Annual report of the Bengal Veterinary College, and of the Civil Veterinary Department, Bengal, for the year 1901-1902 - 1901-1902
Year: 1901
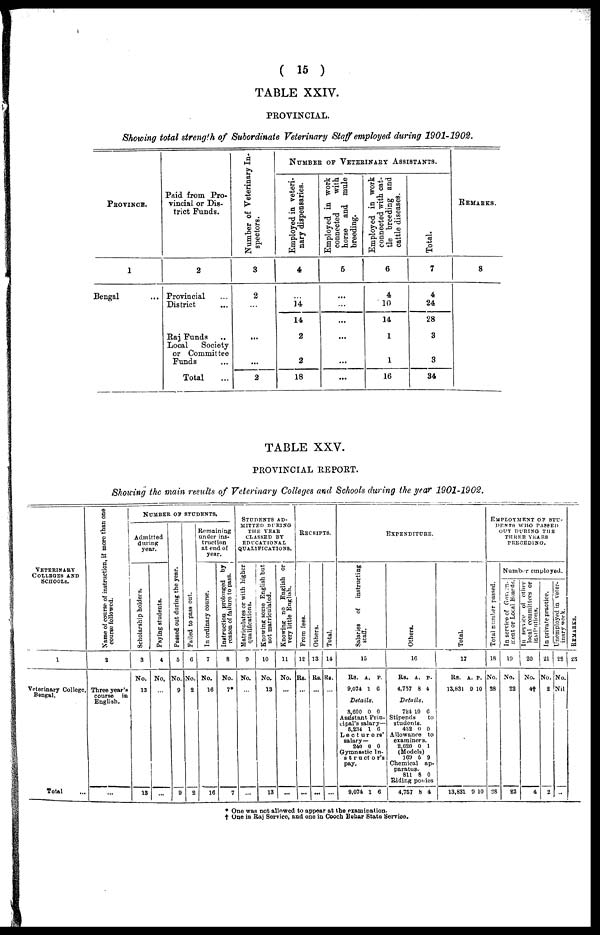
( 15 )
TABLE XXIV.
PROVINCIAL.
Showing total strength of Subordinate Veterinary Staff employed during 1901-1902.
PROVINCE.
1
Bengal ...
Paid from Pro-
vincial or Dis-
trict Funds.
2
Provincial ...
District ...
Raj Funds
Local
Society
or Committee
Funds ...
Total ...
Number of Veterinary In-
spectors.
3
2
...
...
...
2
NUMBER OF VETERINARY ASSISTANTS.
Employed in veteri-
nary dispensaries.
4
...
14
14
2
2
18
Employed in work
connected
with
horse and mule
breeding.
5
...
...
...
...
...
...
Employed in work
connected with cat-
tle breeding and
cattle diseases.
6
4
10
14
1
1
16
Total.
7
4
24
28
3
3
34
Remarks.
8
TABLE XXV.
PROVINCIAL REPORT.
Showing the main results of Veterinary Colleges and Schools during the year 1901-1902.
VETERINARY
COLLEGES AND
SCHOOLS.
1
Veterinary College,
Bengal.
Total ...
Name of course of instruction, it more than one
course followed.
2
Three year's
course
is
English.
...
NUMBER OB STUDENTS
Admitted
during
year.
Scholarship hol der s .
3
No.
13
18
Paying students.
4
No,
...
...
Passed out dur i
ng the year.
5
No.
9
9
Failed to pass out.
6
No.
2
2
Remaining
under ins-
truction
at end of
year.
In ordinary course.
7
No.
16
16
Instruction prolonged by
reason of failure to pass.
8
No.
7*
7
STUDENTS AD¬MITTED DURING THE YEAR CLASSED BY EDUCATIONAL QUALI
Matriculates or with higher
qualifications.
9
No.
...
...
Knowing some English but
not matriculated.
10
No.
13
13
Knowing no English or
very little English.
11
No.
...
...
RECEIPTS.
From fees.
12
Rs.
...
...
Ot her s .
13
Rs.
...
...
Tot al .
14
Rs.
...
...
EXPENDITURE.
Salaries
of instructing
staff.
15
Rs. A. P.
9,074 1 0
Details.
3,600 0 0
Assistant Prin-
cipal's salary—
5,234 1 6
Lecturers'
salary—
240 0 0
Gymnastic ln-
structor's
pay.
9,074 1 6
Ot her s .
16
Rs. A. p-
4,757 8 4
Details.
724 10 6
Stipends
to
students.
432 0 0
Allowance to
examiners.
2,620 0 1
(Models)
169 6 9
Chemical ap-
paratus.
811 8 0
Riding ponies
4,767 8 4
Total.
17
Rs. A. P.
13,631 9 10
13,831 9 10
EMPLOYMENT OF STU¬D
PRECEDING.
Number employed.
Total number passed.
18
No.
28
28
In service of Govern-
ment of Local Bord
19
No.
22
22
In service of other
local committees or
20
No.
4†
4
In private practice.
21
No.
2
2
Unemployed in veter-
inary work.
22
No.
Nil
.....
REMARKS
23
* One was not allowed to appear at the examination.
† One in Raj Service, and one in Cooch Behar State Service.